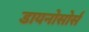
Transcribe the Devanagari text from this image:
डायनोसोर्स